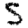
Digit: 5